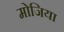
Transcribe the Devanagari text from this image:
मोजिया